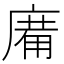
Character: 𢊑